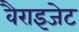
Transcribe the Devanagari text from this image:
वैराइजेट